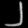
Digit: ၂